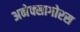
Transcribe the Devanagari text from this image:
अनेक्सागोरस